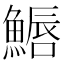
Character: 𩺦